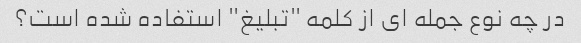
در چه نوع جمله ای از کلمه "تبلیغ" استفاده شده است؟